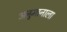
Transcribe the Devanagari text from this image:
अनुमानाला